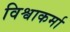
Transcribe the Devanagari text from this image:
विश्वाकर्मा